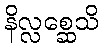
နိလ္လစ္ဆေသိ